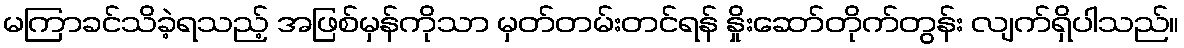
မကြာခင်သိခဲ့ရသည့် အဖြစ်မှန်ကိုသာ မှတ်တမ်းတင်ရန် နှိုးဆော်တိုက်တွန်း လျက်ရှိပါသည်။